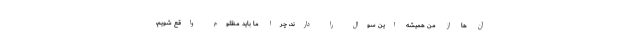
آن ها از من همیشه این سوال را دارند، چرا ما باید مظلوم واقع شویم،